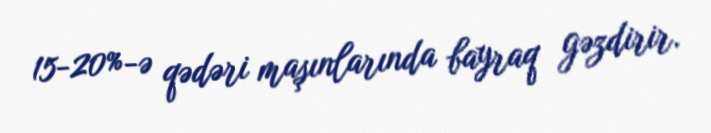
15-20%-ə qədəri maşınlarında bayraq gəzdirir.